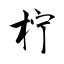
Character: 柠